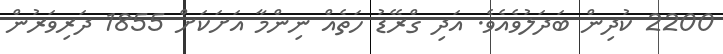
2200 ކުދިން ބަދަލުވެއެވެ. އަދި ގްރޭޑު ހަތެއް ނިންމާ އަށަކަށް 1855 ދަރިވަރުން